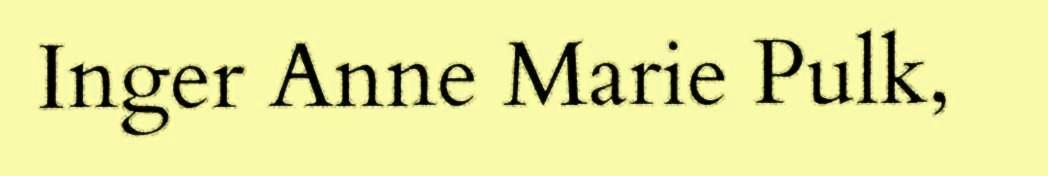
Inger Anne Marie Pulk,